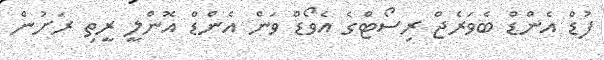
ފުޑް އެންޑް ބެވަރެޖް ރިސޯޓްގެ އެވޯޑް ވަން އެންޑް އޮންލީ ރީތި ރަށުން